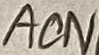
Text: ACN